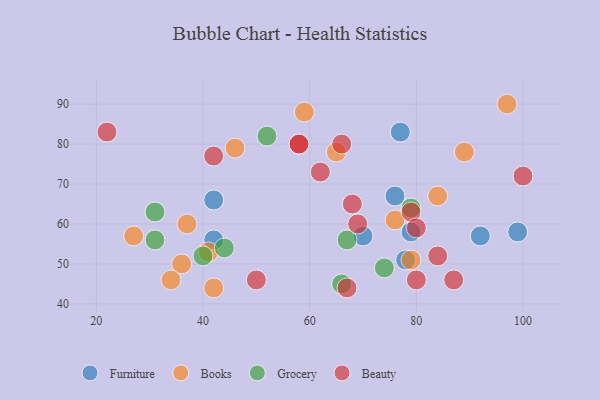
{"axis": {"x": "GDP", "y": "Life Expectancy"}, "legend": ["Beauty", "Books", "Furniture", "Grocery"], "data": [{"x": "42", "y": 66, "type": "Furniture"}, {"x": "92", "y": 57, "type": "Furniture"}, {"x": "70", "y": 57, "type": "Furniture"}, {"x": "77", "y": 83, "type": "Furniture"}, {"x": "42", "y": 56, "type": "Furniture"}, {"x": "99", "y": 58, "type": "Furniture"}, {"x": "79", "y": 58, "type": "Furniture"}, {"x": "78", "y": 51, "type": "Furniture"}, {"x": "76", "y": 67, "type": "Furniture"}, {"x": "27", "y": 57, "type": "Books"}, {"x": "84", "y": 67, "type": "Books"}, {"x": "89", "y": 78, "type": "Books"}, {"x": "36", "y": 50, "type": "Books"}, {"x": "42", "y": 44, "type": "Books"}, {"x": "46", "y": 79, "type": "Books"}, {"x": "79", "y": 51, "type": "Books"}, {"x": "59", "y": 88, "type": "Books"}, {"x": "76", "y": 61, "type": "Books"}, {"x": "34", "y": 46, "type": "Books"}, {"x": "41", "y": 53, "type": "Books"}, {"x": "97", "y": 90, "type": "Books"}, {"x": "65", "y": 78, "type": "Books"}, {"x": "37", "y": 60, "type": "Books"}, {"x": "31", "y": 56, "type": "Grocery"}, {"x": "66", "y": 45, "type": "Grocery"}, {"x": "52", "y": 82, "type": "Grocery"}, {"x": "40", "y": 52, "type": "Grocery"}, {"x": "31", "y": 63, "type": "Grocery"}, {"x": "74", "y": 49, "type": "Grocery"}, {"x": "67", "y": 56, "type": "Grocery"}, {"x": "44", "y": 54, "type": "Grocery"}, {"x": "79", "y": 64, "type": "Grocery"}, {"x": "62", "y": 73, "type": "Beauty"}, {"x": "42", "y": 77, "type": "Beauty"}, {"x": "58", "y": 80, "type": "Beauty"}, {"x": "68", "y": 65, "type": "Beauty"}, {"x": "84", "y": 52, "type": "Beauty"}, {"x": "58", "y": 80, "type": "Beauty"}, {"x": "79", "y": 63, "type": "Beauty"}, {"x": "80", "y": 59, "type": "Beauty"}, {"x": "100", "y": 72, "type": "Beauty"}, {"x": "50", "y": 46, "type": "Beauty"}, {"x": "80", "y": 46, "type": "Beauty"}, {"x": "87", "y": 46, "type": "Beauty"}, {"x": "66", "y": 80, "type": "Beauty"}, {"x": "22", "y": 83, "type": "Beauty"}, {"x": "67", "y": 44, "type": "Beauty"}, {"x": "69", "y": 60, "type": "Beauty"}]}